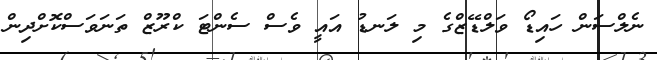
ނެލްސަން ހައިޑޯ ވަލްޑޭޒްގެ މި ލަނޑު އައީ ވެސް ސެންޓަ ކްރޫޒް ތަނަވަސްކޮށްދިން